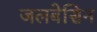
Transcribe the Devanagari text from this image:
जलबेसिन